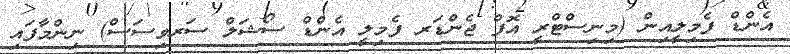
އެންޑް ފެމިލީއިން (މިނިސްޓްރީ އޮފް ޖެންޑަރ ފެމިލީ އެންޑް ސޯޝަލް ސަރވިސަސް) ނިންމާފައި